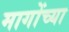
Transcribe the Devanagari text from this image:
मागोंच्या